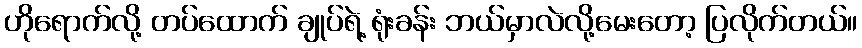
ဟိုရောက်လို့ တပ်ထောက် ချုပ်ရဲ့ ရုံးခန်း ဘယ်မှာလဲလို့မေးတော့ ပြလိုက်တယ်။